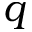
q